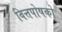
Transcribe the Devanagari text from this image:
वित्तपोषको